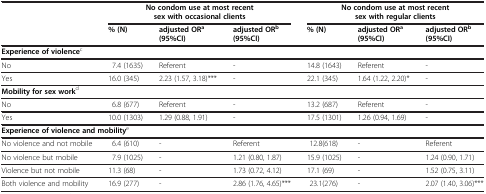
<table><thead><tr><td><b> </b></td><td colspan="3"><b>No condom use at most recent sex with occasional clients</b></td><td colspan="3"><b>No condom use at most recent sex with regular clients</b></td></tr><tr><td><b> </b></td><td><b>% (N)</b></td><td><b>adjusted OR<sup>a</sup>(95%CI)</b></td><td><b>adjusted OR<sup>b</sup>(95%CI)</b></td><td><b>% (N)</b></td><td><b>adjusted OR<sup>a</sup>(95%CI)</b></td><td><b>adjusted OR<sup>b</sup>(95%CI)</b></td></tr></thead><tbody><tr><td colspan="7"><b>Experience of violence</b><sup>c</sup></td></tr><tr><td>No</td><td>7.4 (1635)</td><td>Referent</td><td>-</td><td>14.8 (1643)</td><td>Referent</td><td>-</td></tr><tr><td>Yes</td><td>16.0 (345)</td><td>2.23 (1.57, 3.18)***</td><td>-</td><td>22.1 (345)</td><td>1.64 (1.22, 2.20)*</td><td>-</td></tr><tr><td colspan="7"><b>Mobility for sex work</b><sup>d</sup></td></tr><tr><td>No</td><td>6.8 (677)</td><td>Referent</td><td>-</td><td>13.2 (687)</td><td>Referent</td><td>-</td></tr><tr><td>Yes</td><td>10.0 (1303)</td><td>1.29 (0.88, 1.91)</td><td>-</td><td>17.5 (1301)</td><td>1.26 (0.94, 1.69)</td><td>-</td></tr><tr><td colspan="7"><b>Experience of violence and mobility</b><sup>e</sup></td></tr><tr><td>No violence and not mobile</td><td>6.4 (610)</td><td>-</td><td>Referent</td><td>12.8(618)</td><td>-</td><td>Referent</td></tr><tr><td>No violence but mobile</td><td>7.9 (1025)</td><td>-</td><td>1.21 (0.80, 1.87)</td><td>15.9 (1025)</td><td>-</td><td>1.24 (0.90, 1.71)</td></tr><tr><td>Violence but not mobile</td><td>11.3 (68)</td><td>-</td><td>1.73 (0.72, 4.12)</td><td>17.1 (69)</td><td>-</td><td>1.52 (0.75, 3.11)</td></tr><tr><td>Both violence and mobility</td><td>16.9 (277)</td><td>-</td><td>2.86 (1.76, 4.65)***</td><td>23.1(276)</td><td>-</td><td>2.07 (1.40, 3.06)***</td></tr></tbody></table>